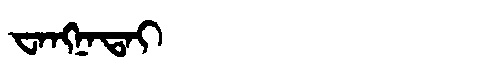
Manchu: ᠸᠠᠩᠨᠠᡨᠠᡳ
Romanization: WANGNATAI